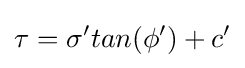
\tau =\sigma 'tan(\phi ')+c'